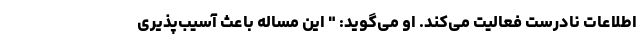
اطلاعات نادرست فعالیت می‌کند. او می‌گوید: " این مساله باعث آسیب‌پذیری